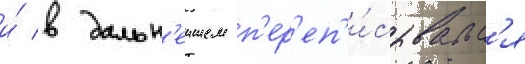
и́ в дальн'еишем п'ер'еп'и́сывалс'я